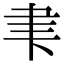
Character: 𮌁